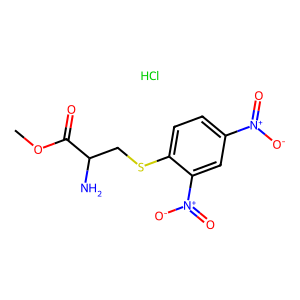
SMILES: COC(=O)C(N)CSc1ccc([N+](=O)[O-])cc1[N+](=O)[O-].Cl
Inhibits HIV replication: No